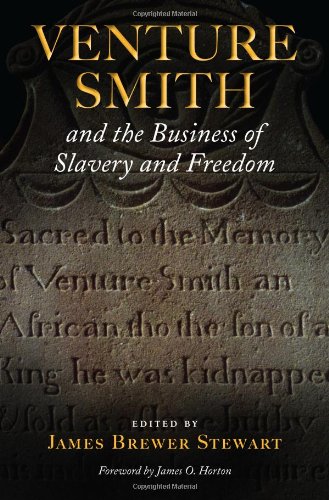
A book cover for Venture Smith and the Business of Slavery and Freedom; Biographies & Memoirs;